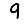
Digit: 9